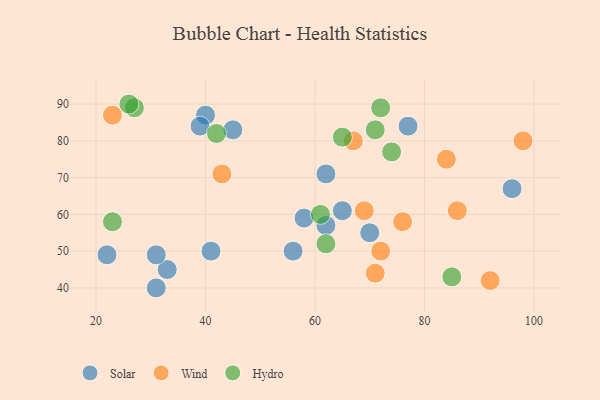
{"axis": {"x": "GDP", "y": "Life Expectancy"}, "legend": ["Hydro", "Solar", "Wind"], "data": [{"x": "33", "y": 45, "type": "Solar"}, {"x": "96", "y": 67, "type": "Solar"}, {"x": "58", "y": 59, "type": "Solar"}, {"x": "31", "y": 49, "type": "Solar"}, {"x": "65", "y": 61, "type": "Solar"}, {"x": "70", "y": 55, "type": "Solar"}, {"x": "40", "y": 87, "type": "Solar"}, {"x": "62", "y": 71, "type": "Solar"}, {"x": "31", "y": 40, "type": "Solar"}, {"x": "22", "y": 49, "type": "Solar"}, {"x": "45", "y": 83, "type": "Solar"}, {"x": "56", "y": 50, "type": "Solar"}, {"x": "41", "y": 50, "type": "Solar"}, {"x": "39", "y": 84, "type": "Solar"}, {"x": "77", "y": 84, "type": "Solar"}, {"x": "62", "y": 57, "type": "Solar"}, {"x": "72", "y": 50, "type": "Wind"}, {"x": "76", "y": 58, "type": "Wind"}, {"x": "92", "y": 42, "type": "Wind"}, {"x": "69", "y": 61, "type": "Wind"}, {"x": "98", "y": 80, "type": "Wind"}, {"x": "86", "y": 61, "type": "Wind"}, {"x": "71", "y": 44, "type": "Wind"}, {"x": "43", "y": 71, "type": "Wind"}, {"x": "67", "y": 80, "type": "Wind"}, {"x": "23", "y": 87, "type": "Wind"}, {"x": "84", "y": 75, "type": "Wind"}, {"x": "62", "y": 52, "type": "Hydro"}, {"x": "27", "y": 89, "type": "Hydro"}, {"x": "42", "y": 82, "type": "Hydro"}, {"x": "65", "y": 81, "type": "Hydro"}, {"x": "72", "y": 89, "type": "Hydro"}, {"x": "74", "y": 77, "type": "Hydro"}, {"x": "23", "y": 58, "type": "Hydro"}, {"x": "85", "y": 43, "type": "Hydro"}, {"x": "61", "y": 60, "type": "Hydro"}, {"x": "71", "y": 83, "type": "Hydro"}, {"x": "26", "y": 90, "type": "Hydro"}]}